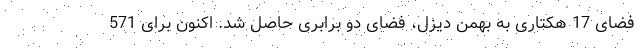
فضای 17 هکتاری به بهمن دیزل، فضای دو برابری حاصل شد. اکنون برای 571